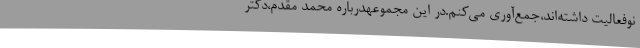
نوفعالیت داشته‌اند،جمع‌آوری می‌کنم.در این مجموعهدرباره محمد مقدم،دکتر